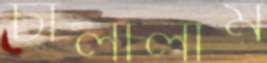
চালালাম